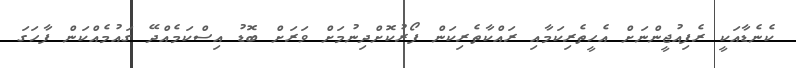
ކެނެޑާއަކީ ރެފިއުޖީންނަށް އެހީތެރިކަަމާއި ރައްކާތެރިކަން ފޯރުކޮށްދިނުމަށް ވަރަށް ބޮޑު އިސްކަމެއްދޭ ގައުމެއްކަން ފާހަގަ